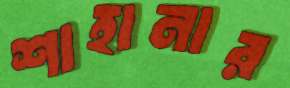
শাহানার